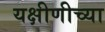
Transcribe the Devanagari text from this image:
यक्षीणीच्या